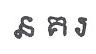
ន គរ